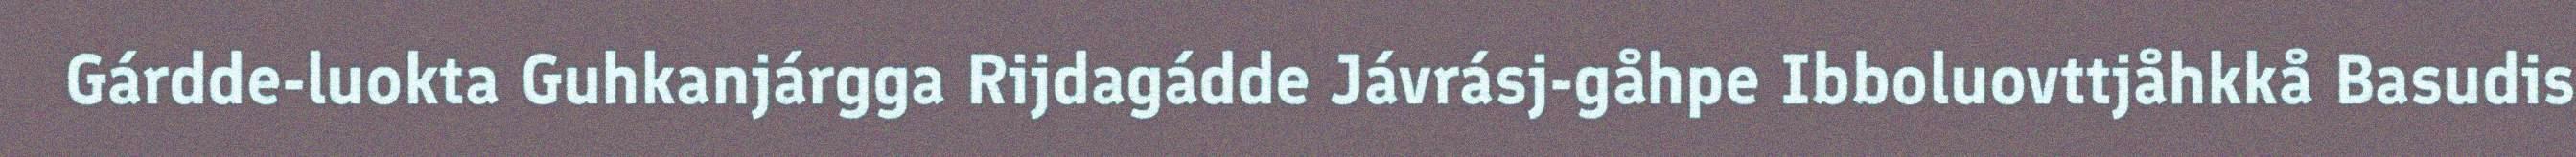
Gárdde-luokta Guhkanjárgga Rijdagádde Jávrásj-gåhpe Ibboluovttjåhkkå Basudis